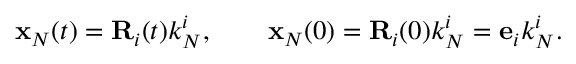
\begin{array} { r } { { \bf x } _ { N } ( t ) = { \bf R } _ { i } ( t ) k _ { N } ^ { i } , \qquad { \bf x } _ { N } ( 0 ) = { \bf R } _ { i } ( 0 ) k _ { N } ^ { i } = { \bf e } _ { i } k _ { N } ^ { i } . } \end{array}